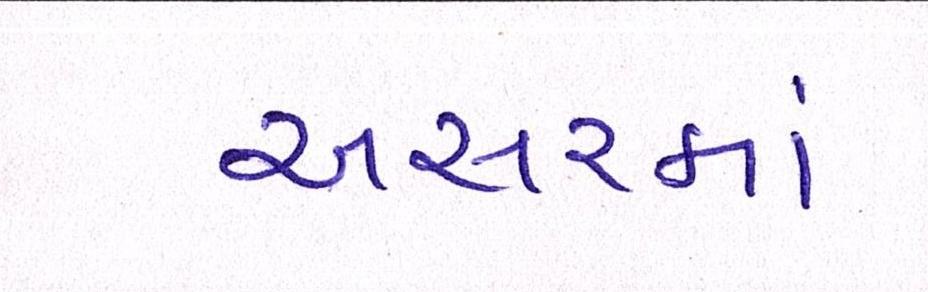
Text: અસરમાં